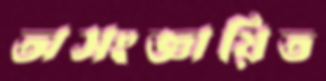
অসংজ্ঞায়িত